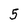
Character: 5